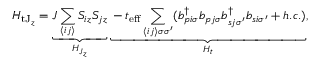
H _ { \mathrm { t J } _ { z } } = \underbrace { J \sum _ { \langle i j \rangle } S _ { i z } S _ { j z } } _ { H _ { J _ { z } } } \underbrace { - t _ { \mathrm { e f f } } \sum _ { \langle i j \rangle \sigma \sigma ^ { \prime } } ( b _ { p i \sigma } ^ { \dagger } b _ { p j \sigma } b _ { s j \sigma ^ { \prime } } ^ { \dagger } b _ { s i \sigma ^ { \prime } } + h . c . ) } _ { H _ { t } } ,